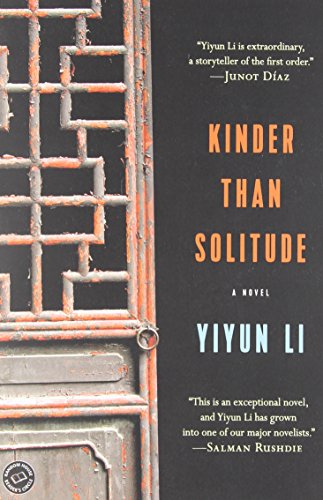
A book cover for Kinder Than Solitude: A Novel; Yiyun Li; Literature & Fiction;